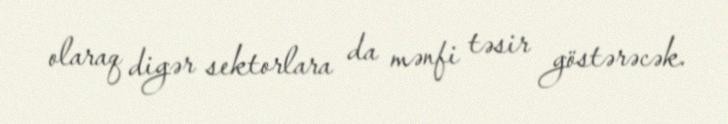
olaraq digər sektorlara da mənfi təsir göstərəcək.